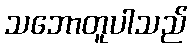
သဘောတူပါသည်